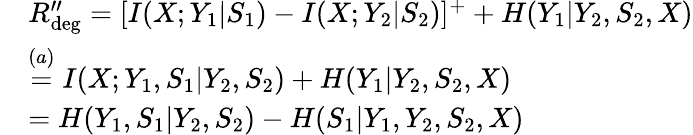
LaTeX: \begin{array}{rl}&{R_{\mathrm{deg}}^{\prime\prime}=[I(X;Y_{1}|S_{1})-I(X;Y_{2}|S_{2})]^{+}+H(Y_{1}|Y_{2},S_{2},X)}\\ &{\overset{(a)}{=}I(X;Y_{1},S_{1}|Y_{2},S_{2})+H(Y_{1}|Y_{2},S_{2},X)}\\ &{=H(Y_{1},S_{1}|Y_{2},S_{2})-H(S_{1}|Y_{1},Y_{2},S_{2},X)}\end{array}